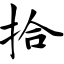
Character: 拾